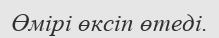
Өмірі өксіп өтеді.